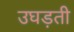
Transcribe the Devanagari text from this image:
उघड़ती